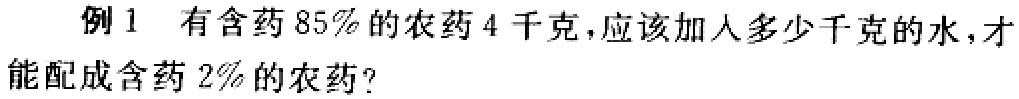
例1 有含药85%的农药4千克，应该加入多少千克的水，才能配成含药2%的农药？